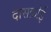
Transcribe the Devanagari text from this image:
दासक्रोई